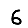
Digit: 6